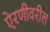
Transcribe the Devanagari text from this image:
ऐरणीवरील